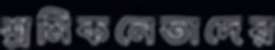
শ্রমিকনেতাদের